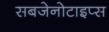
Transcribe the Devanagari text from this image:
सबजेनोटाइप्स